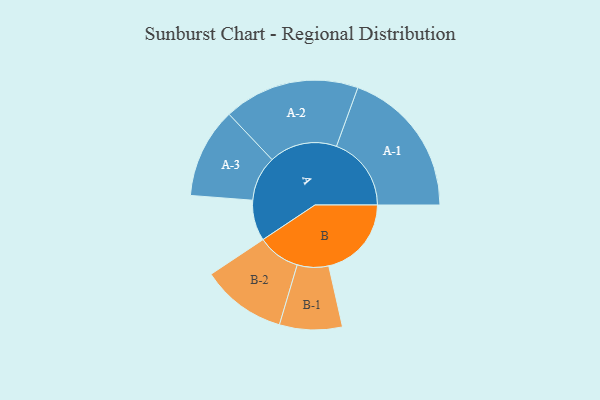
{"axis": {"x": "Segment", "y": "Value"}, "legend": ["", "A", "B"], "data": [{"x": "A", "y": 130, "type": ""}, {"x": "B", "y": 264, "type": ""}, {"x": "A-1", "y": 239, "type": "A"}, {"x": "A-2", "y": 217, "type": "A"}, {"x": "A-3", "y": 144, "type": "A"}, {"x": "B-1", "y": 100, "type": "B"}, {"x": "B-2", "y": 136, "type": "B"}]}